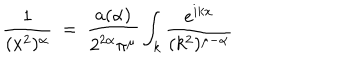
\frac { 1 } { ( x ^ { 2 } ) ^ { \alpha } } ~ = ~ \frac { a ( \alpha ) } { 2 ^ { 2 \alpha } \pi ^ { \mu } } \int _ { k } \frac { e ^ { i k x } } { ( k ^ { 2 } ) ^ { \mu - \alpha } }